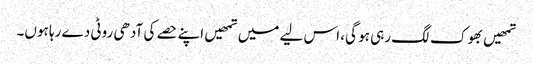
تمھیں بھوک لگ رہی ہو گی، اس لیے میں تمھیں اپنے حصے کی آدھی روٹی دے رہا ہوں۔